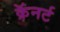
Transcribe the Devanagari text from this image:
क्रॅनर्ट